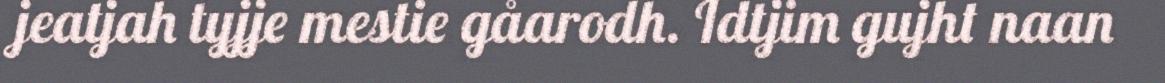
jeatjah tyjje mestie gåarodh. Idtjim gujht naan